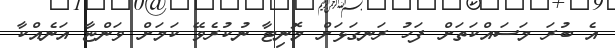
އެ ބުރަ މަސައްކަތަށް ފަހު ރަނގަޅަށް މޮނިޓާ ނުކުރެވޭ ކަމަށް ވަންޏާ އަނެއްކާ